Veterinary regulations India, 1935 -
Year: 1935
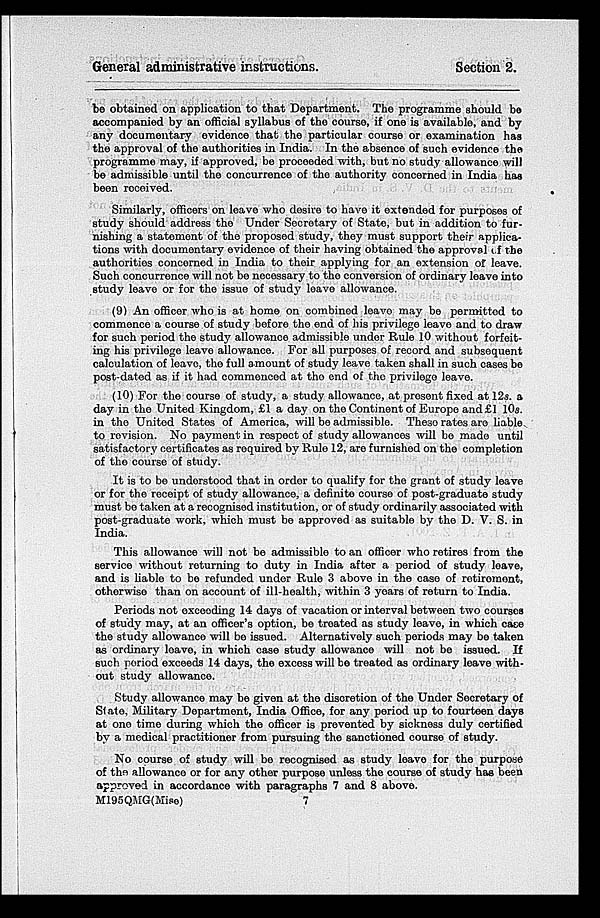
General administrative instructions.
Section 2.
be obtained on application to that Department. The programme should be
accompanied by an official syllabus of the course, if one is available, and by
any documentary evidence that the particular course or examination has
the approval of the authorities in India. In the absence of such evidence the
programme may, if approved, be proceeded with, but no study allowance will
be admissible until the concurrence of the authority concerned in India has
been received.
Similarly, officers on leave who desire to have it extended for purposes of
study should address the Under Secretary of State, but in addition to fur-
nishing a statement of the proposed study, they must support their applica-
tions with documentary evidence of their having obtained the approval of the
authorities concerned in India to their applying for an extension of leave.
Such concurrence will not be necessary to the conversion of ordinary leave into
study leave or for the issue of study leave allowance.
(9) An officer who is at home on combined leave may be permitted to
commence a course of study before the end of his privilege leave and to draw
for such period the study allowance admissible under Rule 10 without forfeit-
ing his privilege leave allowance. For all purposes of record and subsequent
calculation of leave, the full amount of study leave taken shall in such cases be
post-dated as if it had commenced at the end of the privilege leave.
(10) For the course of study, a study allowance, at present fixed at 12s. a
day in the United Kingdom, £1 a day on the Continent of Europe and £1 10s
in the United States of America, will be admissible. These rates are liable
to revision. No payment in respect of study allowances will be made until
satisfactory certificates as required by Rule 12, are furnished on the completion
of the course of study.
It is to be understood that in order to qualify for the grant of study leave
or for the receipt of study allowance, a definite course of post-graduate study
must be taken at a recognised institution, or of study ordinarily associated with
post-graduate work, which must be approved as suitable by the D. V. S. in
India.
This allowance will not be admissible to an officer who retires from the
service without returning to duty in India after a period of study leave,
and is liable to be refunded under Rule 3 above in the case of retireraent,
otherwise than on account of ill-health, within 3 years of return to India.
Periods not exceeding 14 days of vacation or interval between two courses
of study may, at an officer's option, be treated as study leave, in which case
the study allowance will be issued. Alternatively such periods may be taken
as ordinary leave, in which case study allowance will not be issued. If
such period exceeds 14 days, the excess will be treated as ordinary leave with-
out study allowance.
Study allowance may be given at the discretion of the Under Secretary of
State, Military Department, India Office, for any period up to fourteen days
at one time during which the officer is prevented by sickness duly certified
by a medical practitioner from pursuing the sanctioned course of study.
No course of study will be recognised as study leave for the purpose
of the allowance or for any other purpose unless the course of study has been
approved in accordance with paragraphs 7 and 8 above.
M195QMG(Mise)
7